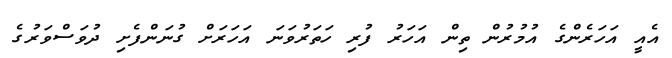
އެއީ އަހަރެންގެ އުމުރުން ތިން އަހަރު ފުރި ހަތަރުވަނަ އަހަރަށް ގުނަންފެށި ދުވަސްވަރުގެ